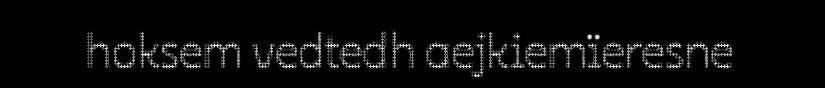
hoksem vedtedh aejkiemïeresne